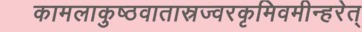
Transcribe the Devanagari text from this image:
कामलाकुष्ठवातास्रज्वरकृमिवमीन्हरेत्